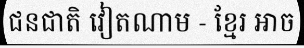
ជនជាតិ វៀតណាម - ខ្មែរ អាច